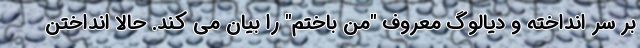
بر سر انداخته و دیالوگ معروف "من باختم" را بیان می کند. حالا انداختن